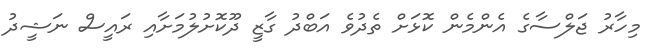
މިހާރު ޖަލްސާގެ އެންމެން ކޮޅަށް ތެދުވެ އަބްދު ގާޒީ ދޫކޮށުލުމަށާއި ރައީސް ނަޝީދު